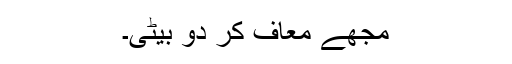
مجھے معاف کر دو بیٹی۔